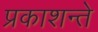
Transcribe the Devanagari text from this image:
प्रकाशन्ते